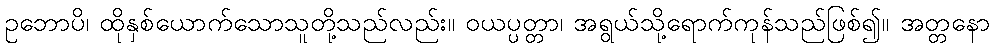
ဥဘောပိ၊ ထိုနှစ်ယောက်သောသူတို့သည်လည်း။ ဝယပ္ပတ္တာ၊ အရွယ်သို့ရောက်ကုန်သည်ဖြစ်၍။ အတ္တနော